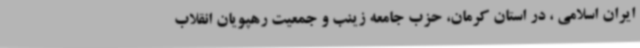
ایران اسلامی ، در استان کرمان، حزب جامعه زینب و جمعیت رهپویان انقلاب